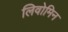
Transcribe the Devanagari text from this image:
लिवोमिन